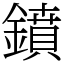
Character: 鐼